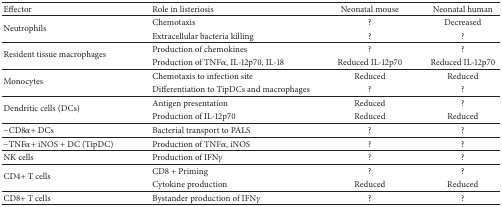
<table><thead><tr><td><b>Effector</b></td><td><b>Role in listeriosis</b></td><td><b>Neonatal mouse</b></td><td><b>Neonatal human</b></td></tr></thead><tbody><tr><td rowspan="2">Neutrophils</td><td>Chemotaxis</td><td>?</td><td>Decreased</td></tr><tr><td>Extracellular bacteria killing</td><td>?</td><td>?</td></tr><tr><td rowspan="2">Resident tissue macrophages</td><td>Production of chemokines</td><td>?</td><td>?</td></tr><tr><td>Production of TNF<i>α</i>, IL-12p70, IL-18</td><td>Reduced IL-12p70</td><td>Reduced IL-12p70</td></tr><tr><td rowspan="2">Monocytes</td><td>Chemotaxis to infection site</td><td>Reduced</td><td>Reduced</td></tr><tr><td>Differentiation to TipDCs and macrophages</td><td>?</td><td>?</td></tr><tr><td rowspan="2">Dendritic cells (DCs)</td><td>Antigen presentation</td><td>Reduced</td><td>?</td></tr><tr><td>Production of IL-12p70</td><td>Reduced</td><td>Reduced</td></tr><tr><td>−CD8<i>α</i>+ DCs</td><td>Bacterial transport to PALS</td><td>?</td><td>?</td></tr><tr><td>−TNF<i>α</i>+ iNOS + DC (TipDC)</td><td>Production of TNF<i>α</i>, iNOS</td><td>?</td><td>?</td></tr><tr><td>NK cells</td><td>Production of IFN<i>γ</i></td><td>?</td><td>?</td></tr><tr><td rowspan="2">CD4+ T cells</td><td>CD8 + Priming</td><td>?</td><td>?</td></tr><tr><td>Cytokine production</td><td>Reduced</td><td>Reduced </td></tr><tr><td>CD8+ T cells</td><td>Bystander production of IFN<i>γ</i></td><td>?</td><td>?</td></tr></tbody></table>